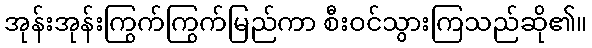
အုန်းအုန်းကြွက်ကြွက်မြည်ကာ စီးဝင်သွားကြသည်ဆို၏။